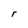
Character: r